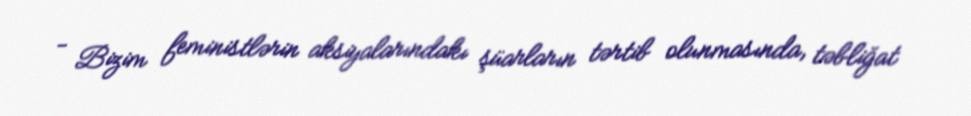
- Bizim feministlərin aksiyalarındakı şüarların tərtib olunmasında, təbliğat